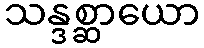
သန္ဒစ္ဆာယော